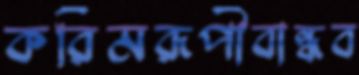
করিমরূপীবান্ধব